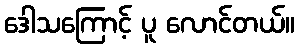
ဒေါသကြောင့် ပူ လောင်တယ်။